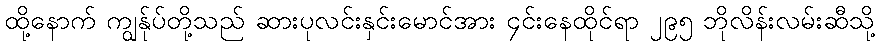
ထို့နောက် ကျွန်ုပ်တို့သည် ဆားပုလင်းနှင်းမောင်အား ၄င်းနေထိုင်ရာ ၂၉၅ ဘိုလိန်းလမ်းဆီသို့